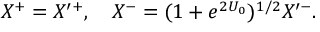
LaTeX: X ^ { + } = X ^ { \prime + } , \quad X ^ { - } = ( 1 + e ^ { 2 U _ { 0 } } ) ^ { 1 / 2 } X ^ { \prime - } .